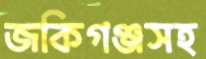
জকিগঞ্জসহ